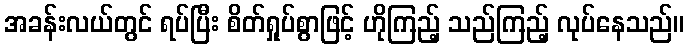
အခန်းလယ်တွင် ရပ်ပြီး စိတ်ရှုပ်စွာဖြင့် ဟိုကြည့် သည်ကြည့် လုပ်နေသည်။